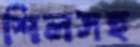
শিলসহ